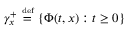
\gamma _ { x } ^ { + } \ { \overset { \underset { \mathrm { d e f } } { } } { = } } \ \{ \Phi ( t , x ) : t \geq 0 \}